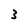
Character: 3